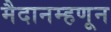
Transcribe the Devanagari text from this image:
मैदानम्हणून